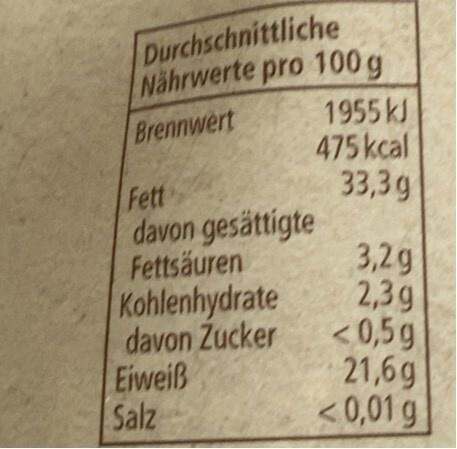
Durchschnittliche Nährwerte pro 100g
1955 kJ
Brennwert
475 kcal
33,3g
Fett davon gesättigte Fettsäuren
Kohlenhydrate davon Zucker
Eiweiß Salz
3,2g
2,3g
<0,5g
21,6g
<0,01 g